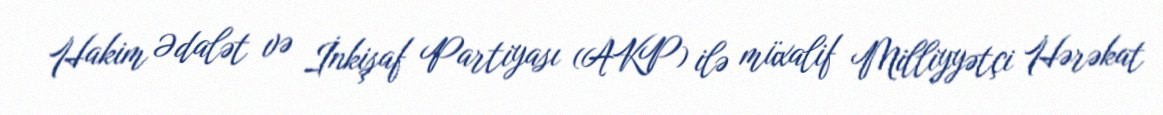
Hakim Ədalət və İnkişaf Partiyası (AKP) ilə müxalif Milliyyətçi Hərəkat